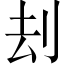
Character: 刦